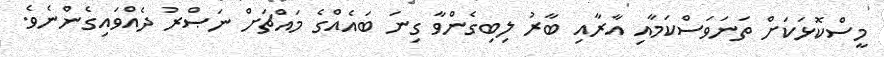
މީސްކޮޅަކަށް ތަނަވަސްކަމާއި އާރާއި ބާރު ލިބިގެންވާ ގިނަ ބައެއްގެ މައްޗަށް ނަޞްރު ދެއްވައިގެންނެވެ.